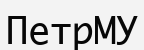
ПетрМУ